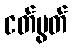
ငတ်မွတ်